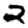
Digit: 2